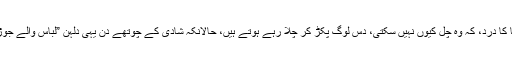
مجھے بچپن سے اب تک سمجھ نہیں آسکا کہ دلہن کو شادی والے دن کیا آرتھرائٹس ہو جاتا ہے یا گنٹھیا کا درد، کہ وہ چل کیوں نہیں سکتی، دس لوگ پکڑ کر چلا رہے ہوتے ہیں، حالانکہ شادی کے چوتھے دن یہی دلہن ”لباس والے جوڑوں“ کے ناقص ہونے اور میکے سسرال کے سامان پر مو ازنہ کمر پر ہاتھ رکھ کر کر رہی ہوتی ہے۔